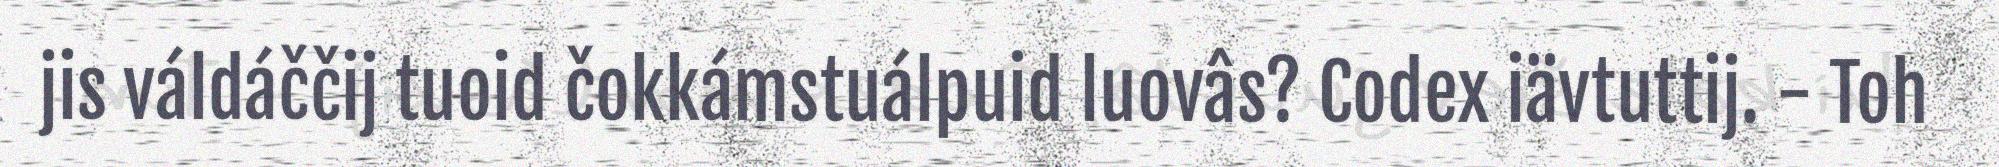
jis váldáččij tuoid čokkámstuálpuid luovâs? Codex iävtuttij. - Toh